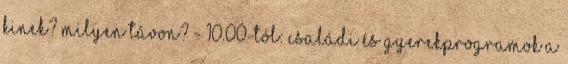
Kinek? Milyen távon? - 10.00-tól: Családi és gyerekprogramok a